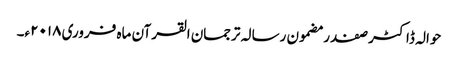
حوالہ ڈاکٹر صفدر مضمون رسالہ ترجمان القرآن ماہ فروری ۲۰۱۸ء۔